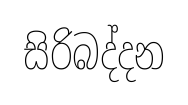
සිරිබද්දන